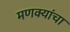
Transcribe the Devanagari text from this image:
मणक्यांचा